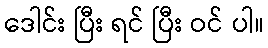
ဒေါင်း ပြီး ရင် ပြီး ဝင် ပါ။